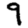
Digit: 9